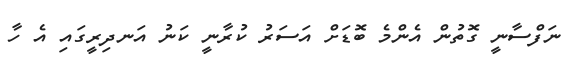
ނަފްސާނީ ގޮތުން އެންމެ ބޮޑަށް އަސަރު ކުރާނީ ކަނު އަނދިރީގައި އެ ހާ